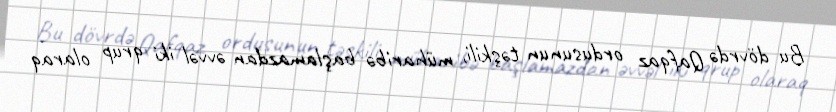
Bu dövrdə Qafqaz ordusunun təşkili, müharibə başlamazdan əvvəl iki qrup olaraq